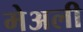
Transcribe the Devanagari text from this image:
मेअली